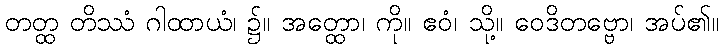
တတ္ထ တိဿံ ဂါထာယံ၊ ၌။ အတ္ထော၊ ကို။ ဧဝံ၊ သို့။ ဝေဒိတဗ္ဗော၊ အပ်၏။